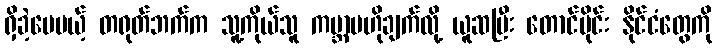
ရှိခဲ့ပေမယ့် တရုတ်ဘက်က သူ့ကိုယ်သူ ကမ္ဘာ့ဗဟိုချက်လို့ ယူဆပြီး တောင်ပိုင်း နိုင်ငံတွေကို